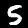
Digit: 5